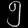
Digit: ၅